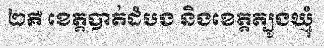
២គឺ ខេត្តបាត់ដំបង និងខេត្តត្បូងឃ្មុំ